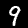
Label: 9